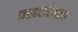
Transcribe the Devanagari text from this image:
फरवरदिनला